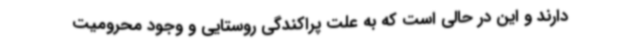
دارند و این در حالی است که به علت پراکندگی روستایی و وجود محرومیت